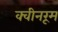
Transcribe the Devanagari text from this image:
क्वीनरूम